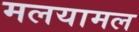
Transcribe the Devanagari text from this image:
मलयामल